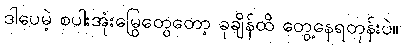
ဒါပေမဲ့ စပါးအုံးမြွေတွေတော့ ခုချိန်ထိ တွေ့နေရတုန်းပဲ။